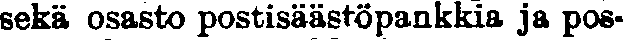
sekä osasto postisäästöpankkia ja pos-